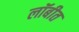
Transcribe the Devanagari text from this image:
लॉबीत